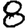
Digit: 8